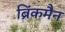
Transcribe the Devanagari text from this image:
ब्रिंकमैन